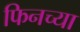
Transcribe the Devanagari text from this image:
फिनच्या